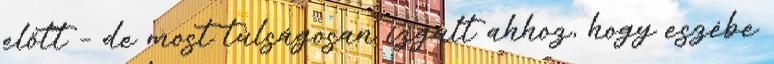
előtt – de most túlságosan izgult ahhoz, hogy eszébe